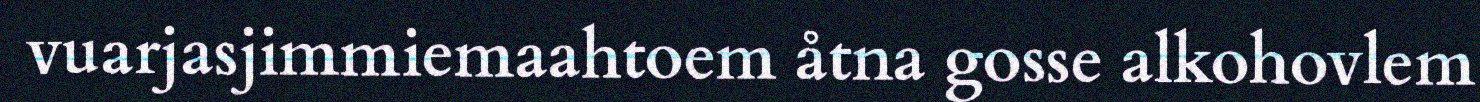
vuarjasjimmiemaahtoem åtna gosse alkohovlem